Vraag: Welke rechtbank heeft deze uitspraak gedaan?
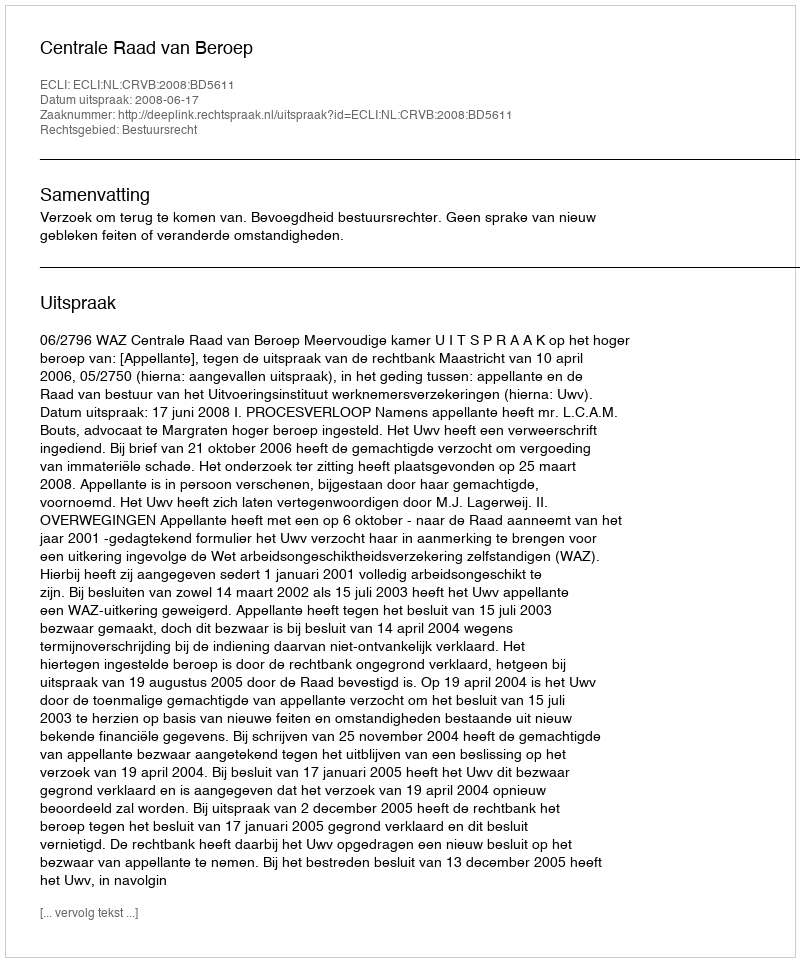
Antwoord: Centrale Raad van Beroep